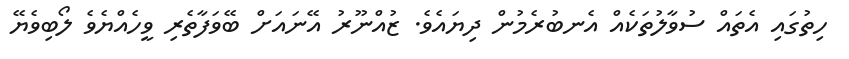
ހިތުގައި އެތައް ސުވާލުތަކެއް އެނބުރެމުން ދިޔައެވެ. ޒުއްނޫރު އޭނައަށް ބޭވަފާތެރި ވީހެއްޔެވެ ލޯބިވެޔޭ